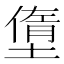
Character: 𡐏